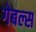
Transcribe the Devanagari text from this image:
गेबल्स